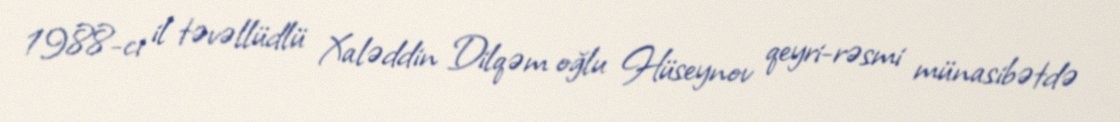
1988-ci il təvəllüdlü Xaləddin Dilqəm oğlu Hüseynov qeyri-rəsmi münasibətdə